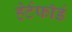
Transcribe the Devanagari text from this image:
हेर्टफाॅर्ड